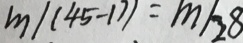
m / ( 4 5 - 1 7 ) = m / 2 8